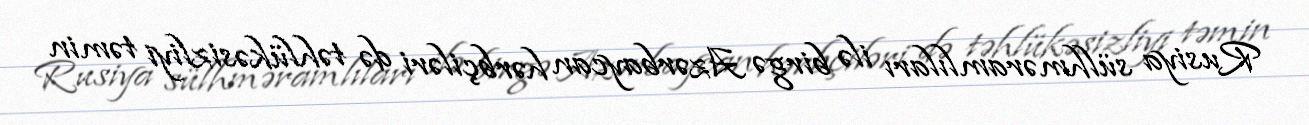
Rusiya sülhməramlıları ilə birgə Azərbaycan hərbçiləri də təhlükəsizliyi təmin